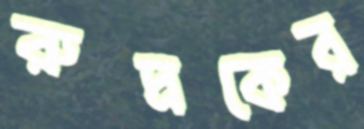
রুদ্রকের